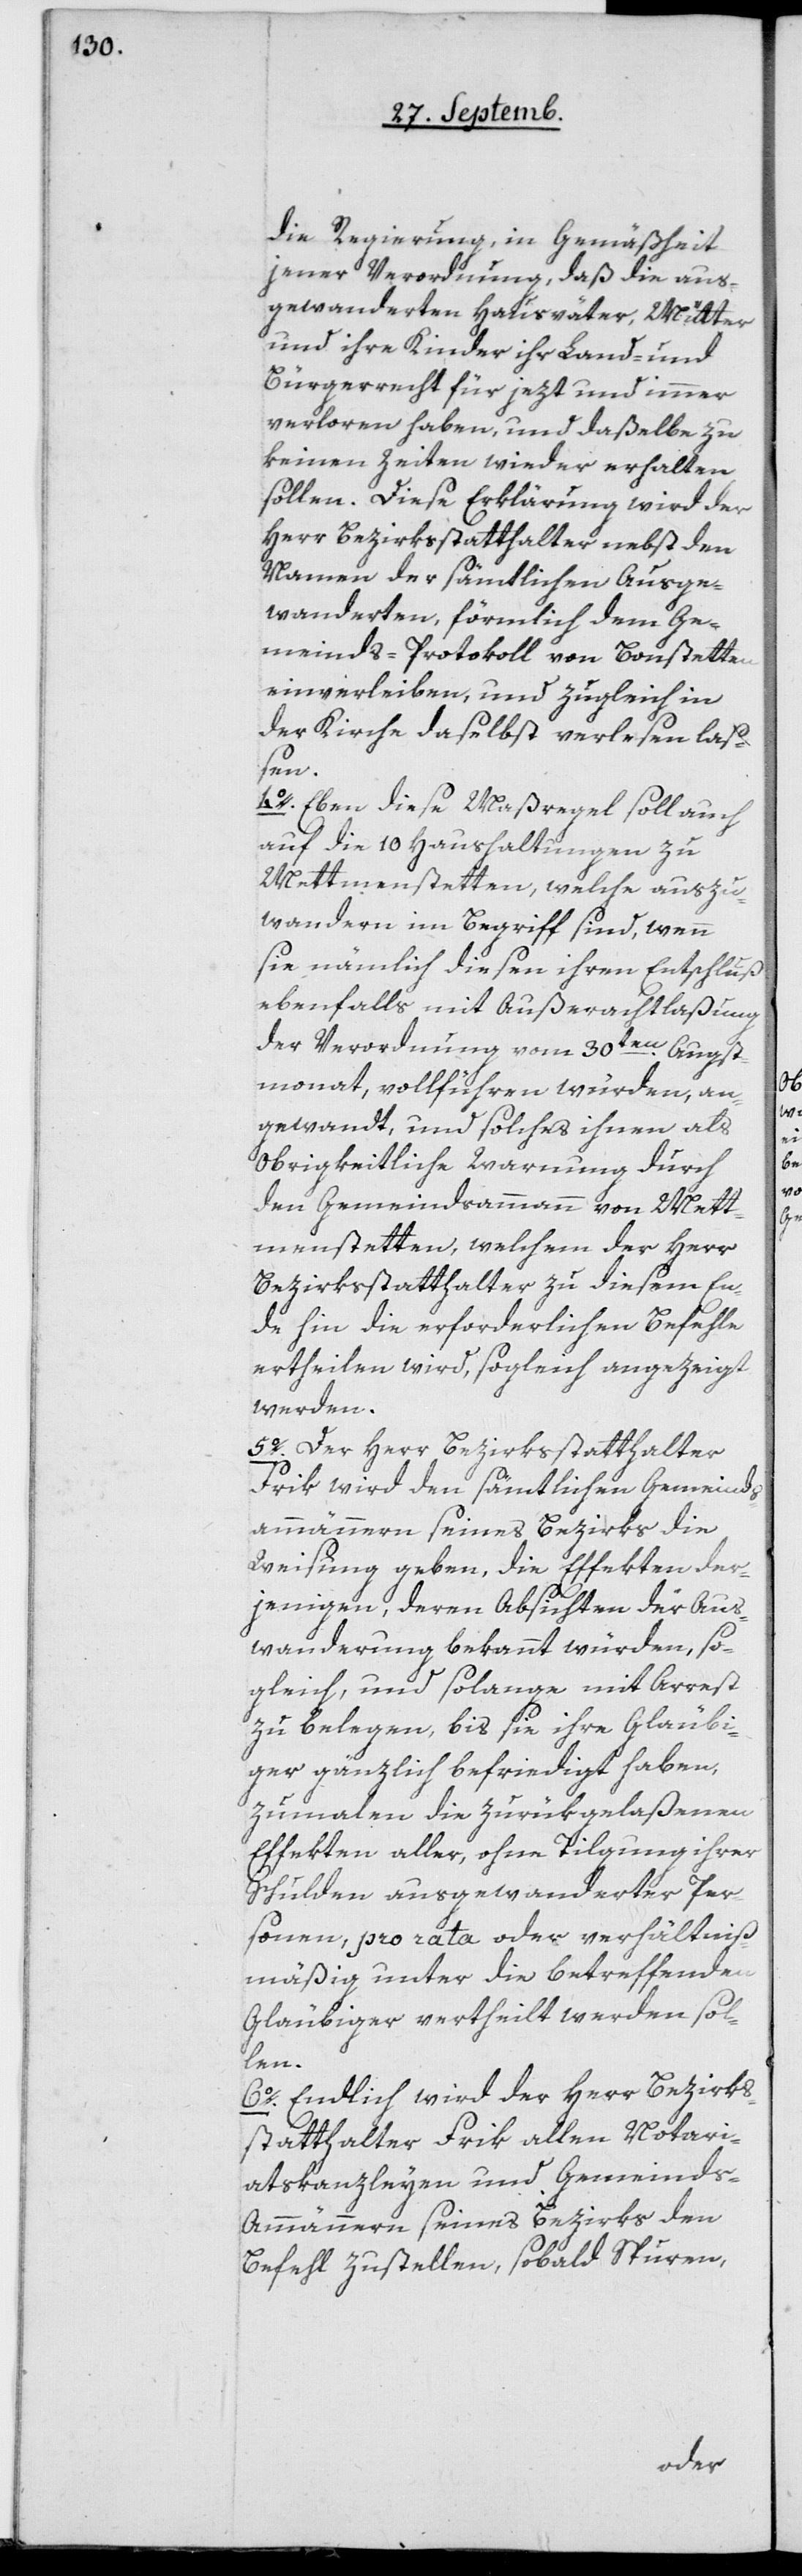
die Regierung in Gemäßheit
jener Verordnung, daß die aus¬
gewanderten Hausväter, Mütter
und ihre Kinder, ihr Land- und
Bürgerrecht für jezt und immer
verloren haben, und daßelbe zu
keinen Zeiten wieder erhalten
sollen. Diese Erklärung wird der
Herr Bezirksstatthalter nebst den
Namen der sämtlichen Ausge¬
wanderten, förmlich dem Ge¬
meinds-Protokoll von Bonstetten
einverleiben und zugleich in
der Kirche daselbst verlesen laß¬
en.
4o Eben diese Maßregel soll
auch die 10 Haushaltungen zu
Mettmenstetten, welche auszu¬
wandern im Begriff sind, wenn
sie nämlich diesen ihren Entschluß
ebenfalls mit Außerachtlaßung
der Verordnung vom 30ten Augst¬
monat vollführen würden, an¬
gewandt und solches ihnen als
obrigkeitliche Warnung durch
den Gemeindsammann von Mett¬
menstetten, welchem der Herr
Bezirksstatthalter zu diesem En¬
de hin die erforderlichen Befehle
ertheilen wird, sogleich angezeigt
werden.
5o Der Herr Bezirksstatthalter
Frik wird den sämtlichen Gemeinds¬
ammännern seines Bezirks die
Weisung geben, die Effekten der¬
jenigen, deren Absichten der Aus¬
wanderung bekannt würden, so¬
gleich und solange mit Arrest
zu belegen, bis sie ihre Gläubi¬
ger gänzlich befriedigt haben,
zumalen die zurükgelaßenen
Effekten aller, ohne Tilgung ihrer
Schulden ausgewanderter Per¬
sonen, pro rata oder verhältniß¬
mäßig unter die betreffenden
Gläubiger vertheilt werden sol¬
len.
6o Endlich wird der Herr Bezirks¬
statthalter Frik allen Notari¬
atskanzleyen und Gemeind¬
s-Ammännern seines Bezirks den
Befehl zustellen, sobald Steuren,